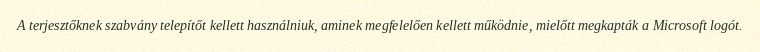
A terjesztőknek szabvány telepítőt kellett használniuk, aminek megfelelően kellett működnie, mielőtt megkapták a Microsoft logót.